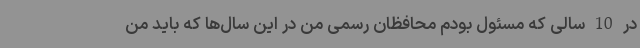
در 10 سالی که مسئول بودم محافظان رسمی من در این سال‌ها که باید من